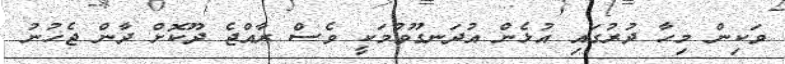
ވަކިން މިހާ ދުރުގައި އުޅެން އުދަނގޫވުމަކީ ވެސް ރާއްޖެ ދޫކޮށް ދާން ޖެހުނު